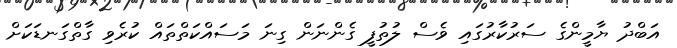
އަބްދު ޔާމީންގެ ސަރުކާރުގައި ވެސް ލުތުފީ ގެންނަން ގިނަ މަސައްކަތްތައް ކުރެވި ގާތްގަނޑަކަށް